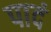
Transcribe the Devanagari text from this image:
पादं